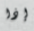
إذا